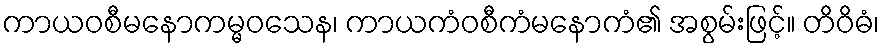
ကာယဝစီမနောကမ္မဝသေန၊ ကာယကံဝစီကံမနောကံ၏ အစွမ်းဖြင့်။ တိဝိဓံ၊